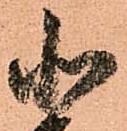
北